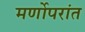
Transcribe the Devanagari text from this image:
मर्णोपरांत